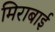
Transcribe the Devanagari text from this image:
मिराबाई